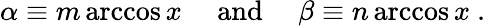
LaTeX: \alpha\equiv m\operatorname{arccos}x\quad{\mathrm{~and~}}\quad\beta\equiv n\operatorname{arccos}x~.